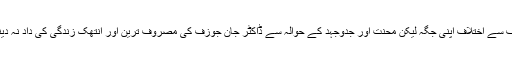
اس لیے مشن اور موقف سے اختلاف اپنی جگہ لیکن محنت اور جدوجہد کے حوالہ سے ڈاکٹر جان جوزف کی مصروف ترین اور انتھک زندگی کی داد نہ دینا ناانصافی شمار ہوگا۔